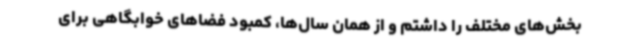
بخش‌های مختلف را داشتم و از همان سال‌ها، کمبود فضاهای خوابگاهی برای